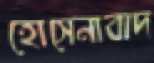
হোসেনাবাদ